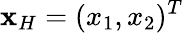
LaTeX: {\mathbf x}_{H}=(x_{1},x_{2})^{T}